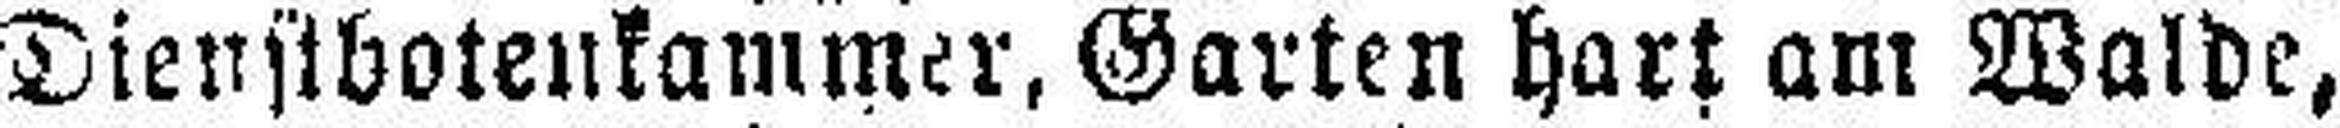
Dienstbotenkammer, Garten hart am Walde,